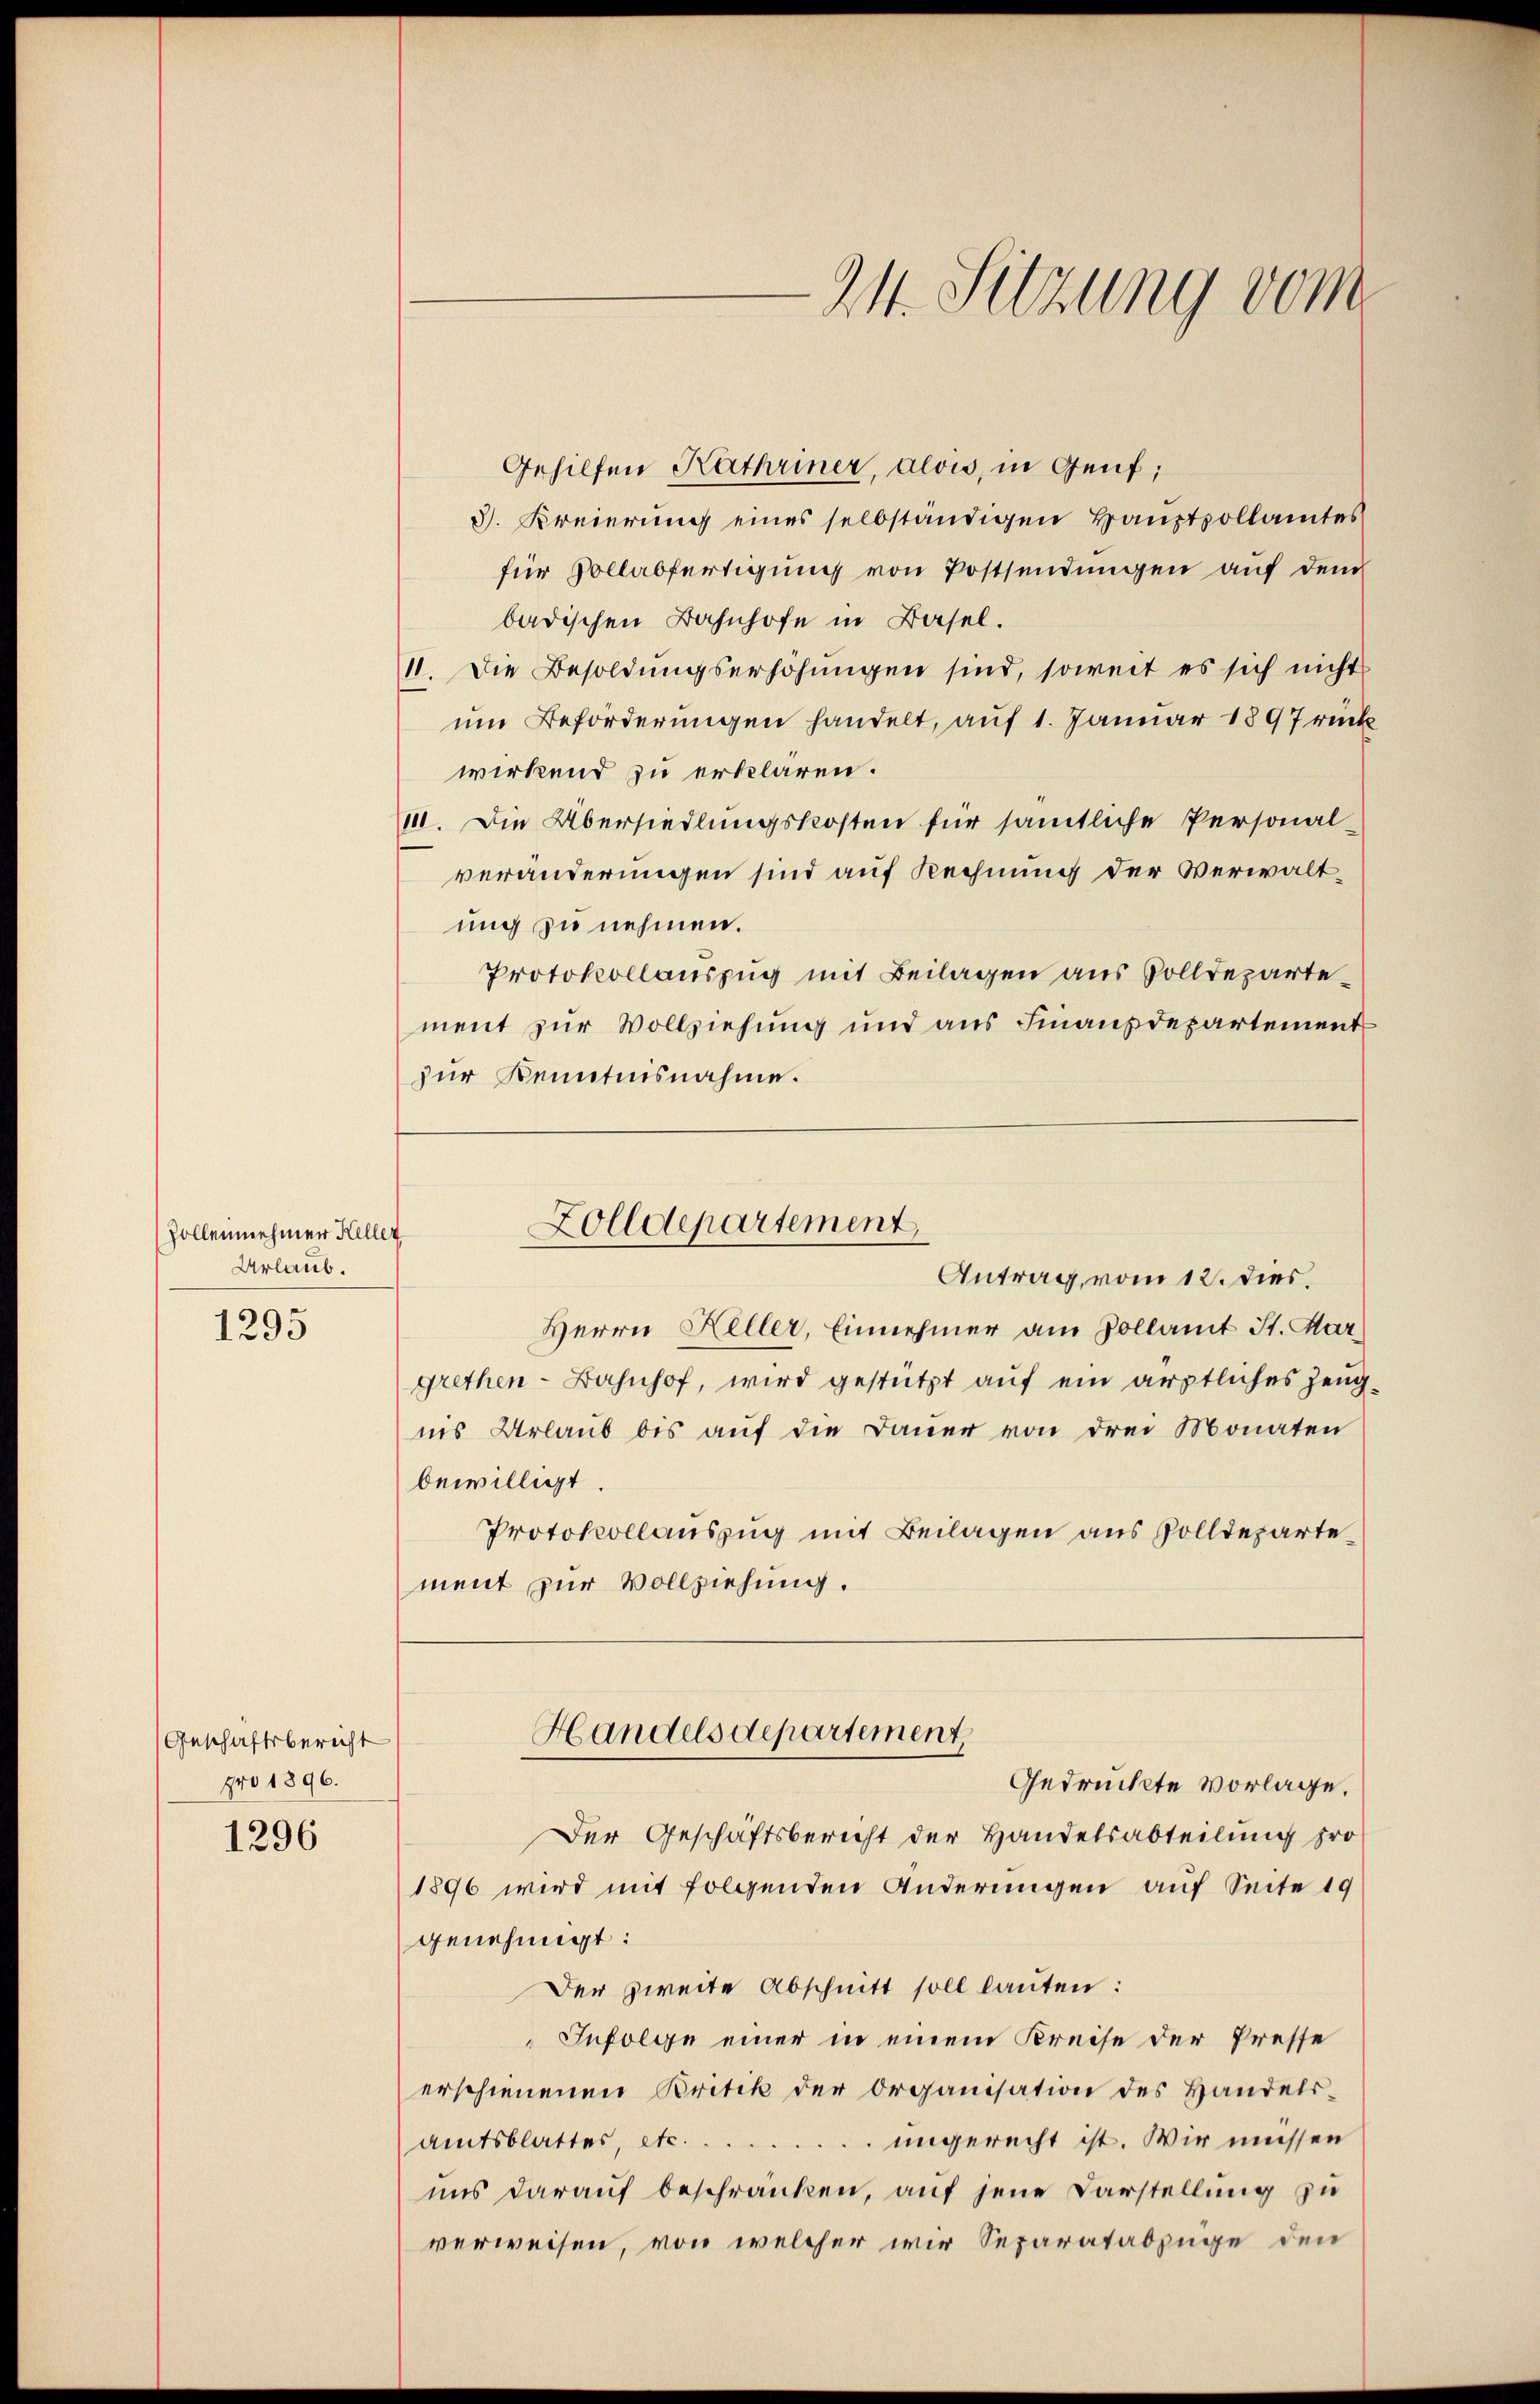
Zollennehmer Keller
Urlaub.
1295

Geschäftsbericht
pro 1896.

1296

Gehilfen Kathriner, alous, in Genf;
3. Freierung eines selbständigen Hauptpollamtes
für Vollabfertigung von Postsendungen auf dem
badischen Bahnhofe in Basel.
11. Die Besoldungserhöhungen sind, soweit es sich nicht
um Beförderungen handelt, auf 1. Januar 1897 rück
wirkend zu erklären.
111. Die Übersiedlungskosten für sämtliche Personal-
veränderungen sind auf Rechnung der Verwaltung zu nehmen.
Protokollauszug mit Beilagen aus Volldeparte
ment zur Vollziehung und aus Finanzdepartement
zur Kenntnisnahme.

¬

Herrn Heller, Einnehmer am Kollamt St. Mar
grethen-Bahnhof, wird gestützt aŭf ein ärztliches Zeug
ins Urlaub bis auf die Bauer von drei Monaten
bewilligt.
Protokollauszug mit Beilagen aus Zolldepartement zur Vollziehung.

24. Sitzung vom

Zolldepartement
Antrag, vom 12. dies.

Handelsdepartement
Gedrückte vorlage,

Der Geschäftsbericht der Handelsabteilung pro
1896 wird mit folgenden Änderungen auf Seite 19
genehmigt:
Der zweite Abschnitt soll lauten:
"Infolge einer in einem Kreise der Presse
erschienenen Kritik der Organisation des Handelsamtsblattes, etc. . . . . . . ungerecht ist. Wir müssen
uns darauf beschränken, auf jene Darstellung zu
verweisen, von welcher wir Separatabzüge den